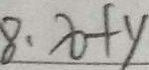
8 . x + y